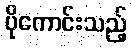
ပိုကောင်းသည့်